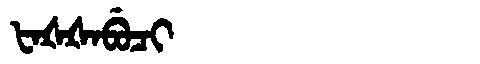
Manchu: ᡶᠠᡧᡧᠠᠪᡠᠴᡳ
Romanization: FAŠŠABUCI